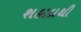
શહાદાથી